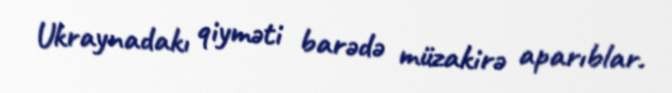
Ukraynadakı qiyməti barədə müzakirə aparıblar.